Scottish Certificate of Education, 1963
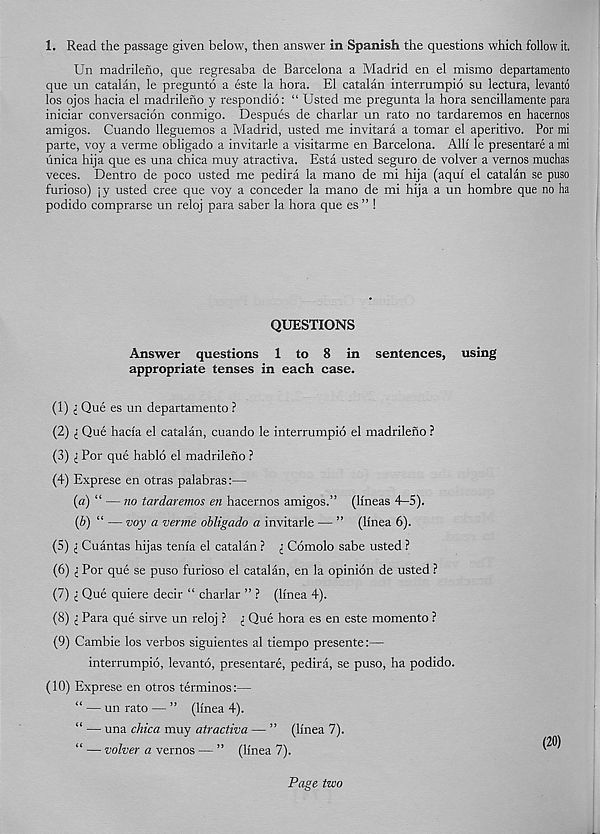
1. Read the passage given below, then answer in Spanish the questions which follow it.
Un madrileno, que regresaba de Barcelona a Madrid en el mismo departamento
que un Catalan, le pregunto a este la hora. El Catalan interrumpio su lectura, levanto
los ojos hacia el madrileno y respondio: “ Usted me pregunta la hora sencillamente para
iniciar conversacion conmigo. Despues de charlar un rato no tardaremos en hacernos
amigos. Cuando lleguemos a Madrid, usted me invitara a tomar el aperitive. For mi
parte, voy a verme obligado a invitarle a visitarme en Barcelona. Alii le presentare a mi
unica hija que es una chica muy atractiva. Esta usted seguro de volver a vernos muclias
veces. Dentro de poco usted me pedira la mano de mi hija (aqui el Catalan se puso
furioso) jy usted cree que voy a conceder la mano de mi hija a un hombre que no ha
podido comprarse un reloj para saber la hora que es ” !
QUESTIONS
Answer questions 1 to 8 in sentences, using
appropriate tenses in each case.
(1) i Que es un departamento ?
(2) ^ Que hacia el Catalan, cuando le interrumpio el madrileno ?
(3) i For que hablo el madrileno ?
(4) Exprese en otras palabras:—
(а) “ — no tardaremos en hacernos amigos.” (lineas 4-5).
(б) “ — voy a verme obligado a invitarle — ” (linea 6).
(5) i Cuantas hijas tenia el Catalan ? i Comolo sabe usted ?
(6) ^ For que se puso furioso el Catalan, en la opinion de usted ?
(7) i Que quiere decir “ charlar ” ? (linea 4).
(8) i Para que sirve un reloj ? I Que hora es en este momento ?
(9) Cambie los verbos siguientes al tiempo presente:—
interrumpio, levanto, presentare, pedira, se puso, ha podido.
(10) Exprese en otros terminos:—
“ — un rato — ” (linea 4).
“ — una chica muy atractiva — ” (linea 7).
“ — volver a vernos — ” (linea 7).
Page two